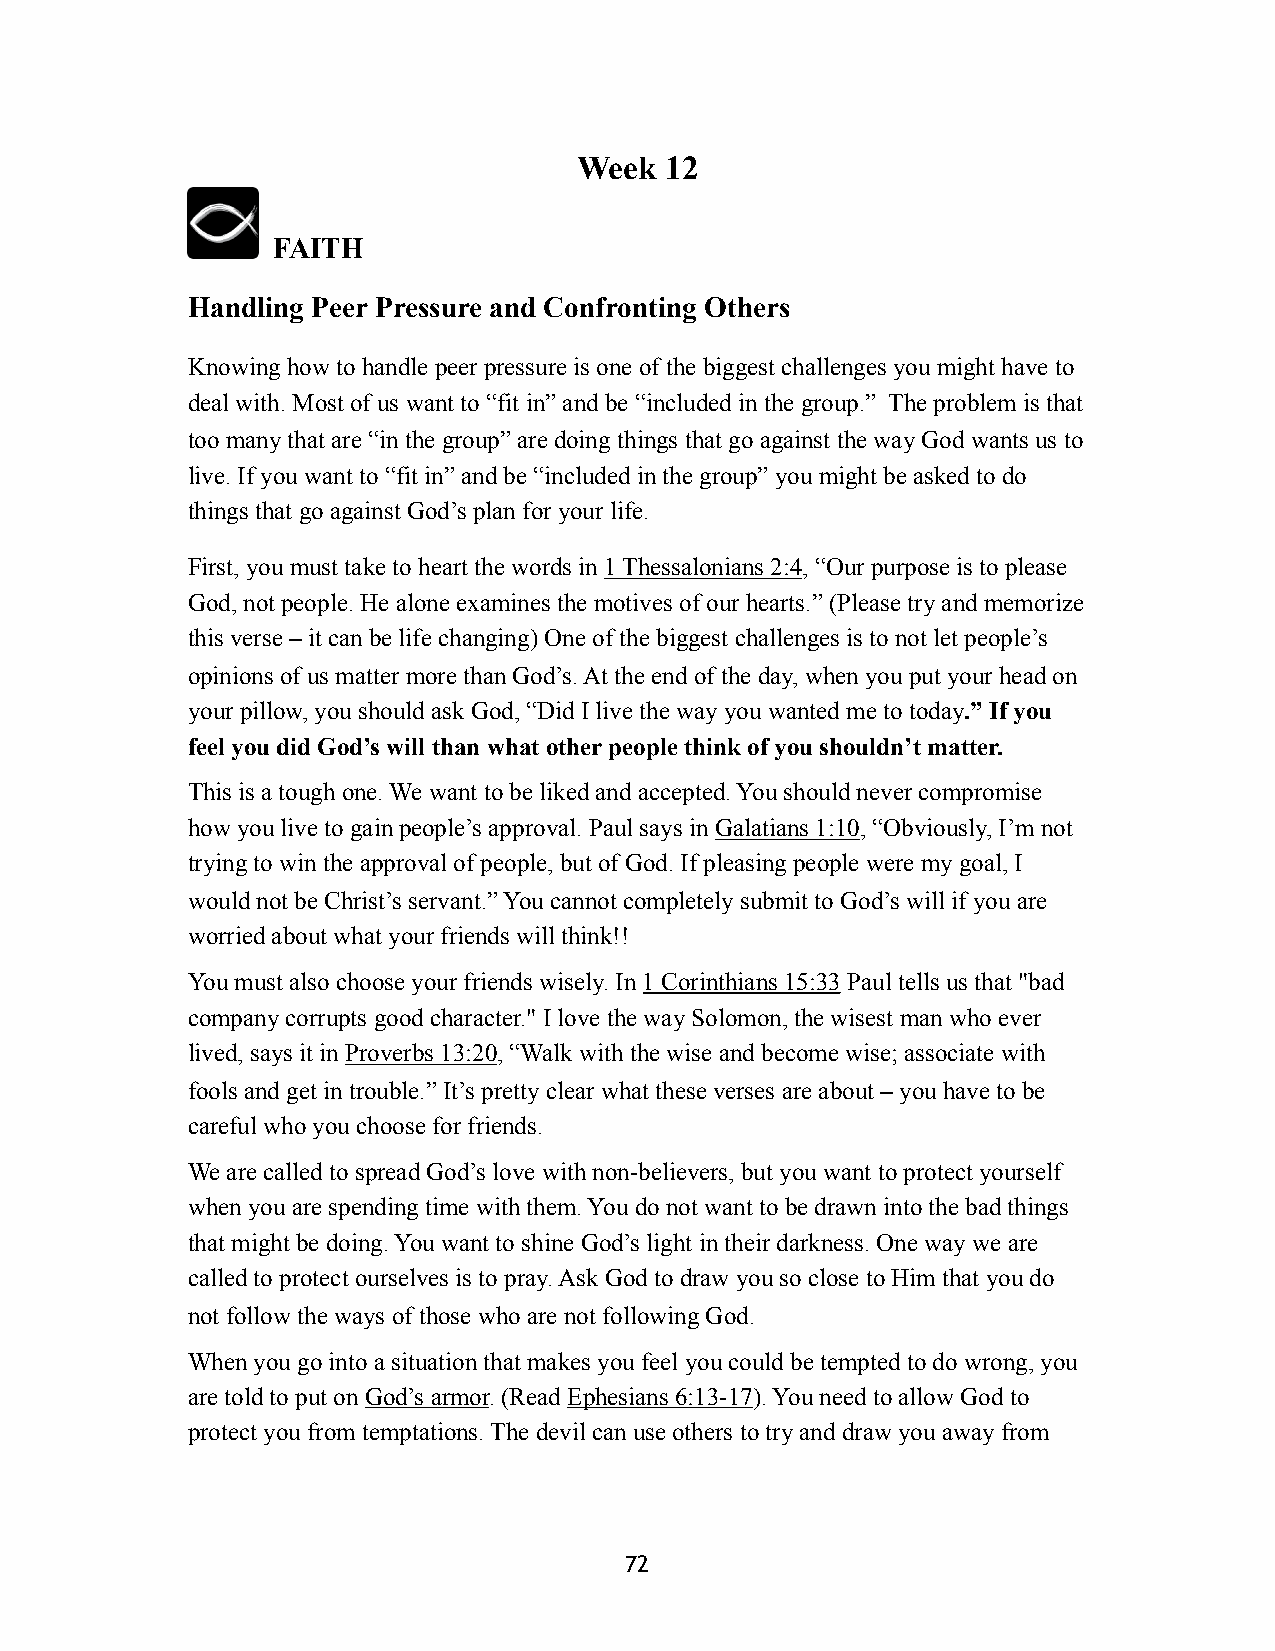
Week  12
 FAITH
 Handling Peer Pressure and Confronting Others
 Knowing how to handle peer pressure is one of the biggest challenges you might have to
 deal with. Most of us want to “fit in” and be “included in the group.” The problem is that
 too many that are “in the group” are doing things that go against the way God wants us to
 live. If you want to “fit in” and be “included in the group” you might be asked to do
 things that go against God’s plan for your life.
 First, you must take to heart the words in 1 Thessalonians 2:4, “Our purpose is to please
 God, not people. He alone examines the motives of our hearts.” (Please try and memorize
 this verse – it can be life changing) One of the biggest challenges is to not let people’s
 opinions of us matter more than God’s. At the end of the day, when you put your head on
 your pillow, you should ask God, “Did I live the way you wanted me to today.” If you
 feel you did God’s will than what other people think of you shouldn’t matter.
 This is a tough one. We want to be liked and accepted. You should never compromise
 how you live to gain people’s approval. Paul says in Galatians 1:10, “Obviously, I’m not
 trying to win the approval of people, but of God. If pleasing people were my goal, I
 would not be Christ’s servant.” You cannot completely submit to God’s will if you are
 worried about what your friends will think!!
 You must also choose your friends wisely. In 1 Corinthians 15:33 Paul tells us that "bad
 company corrupts good character." I love the way Solomon, the wisest man who ever
 lived, says it in Proverbs 13:20, “Walk with the wise and become wise; associate with
 fools and get in trouble.” It’s pretty clear what these verses are about – you have to be
 careful who you choose for friends.
 We are called to spread God’s love with non-believers, but you want to protect yourself
 when you are spending time with them. You do not want to be drawn into the bad things
 that might be doing. You want to shine God’s light in their darkness. One way we are
 called to protect ourselves is to pray. Ask God to draw you so close to Him that you do
 not follow the ways of those who are not following God.
 When you go into a situation that makes you feel you could be tempted to do wrong, you
 are told to put on God’s armor. (Read Ephesians 6:13-17). You need to allow God to
 protect you from temptations. The devil can use others to try and draw you away from
 72